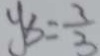
y _ { 3 } = \frac { 3 } { 3 }